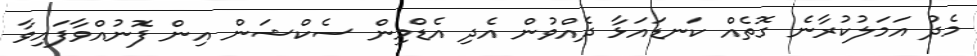
މެދު އަމަލުކުރާނެ ގޮތެއް ކަނޑައަޅާ ދެއްވުން އެދި އެޑްމިން ސެކްޝަން އިން ފޮނުއްވާފައިވާ